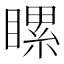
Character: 𥉹